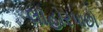
લાહોરપાછો